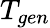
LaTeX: T_{gen}